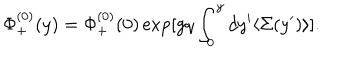
LaTeX: \Phi _ { + } ^ { ( 0 ) } ( y ) = \Phi _ { + } ^ { ( 0 ) } ( 0 ) \exp [ g q \int _ { 0 } ^ { y } d y ^ { \prime } \langle \Sigma ( y ^ { \prime } ) \rangle ] .